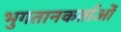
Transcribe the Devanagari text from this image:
भुगतानकर्ताओं